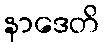
နာဒေတိ